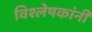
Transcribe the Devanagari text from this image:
विश्लेषकांनी